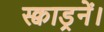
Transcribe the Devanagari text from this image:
स्क्वाड्रनें।